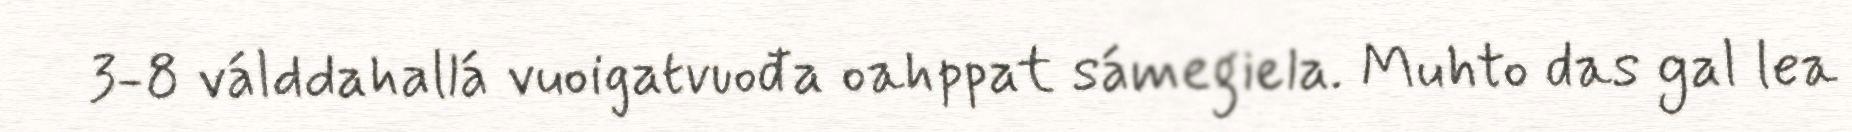
3-8 válddahallá vuoigatvuođa oahppat sámegiela. Muhto das gal lea